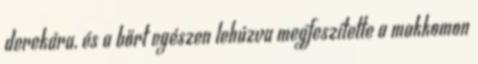
derekára, és a bőrt egészen lehúzva megfeszítette a makkomon